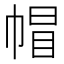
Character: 帽